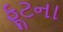
ફૂટના